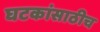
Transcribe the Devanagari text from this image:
घटकांसाठीच